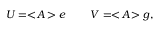
U = < \! A \! > e \: \: \: \: \: \: \: \: \: \: V = < \! A \! > g ,